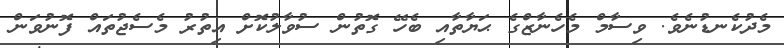
މެދުކެނޑުނެވެ. ވިސާމް މެހެނާޒްގެ ޙަޔާތާއި ބެހޭ ގޮތުން ސުވާލުކޮށް އިތުރު މެސެޖުތައް ފޮނުވަން